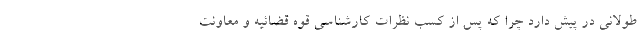
طولانی در پیش دارد چرا که پس از کسب نظرات کارشناسی قوه قضائیه و معاونت